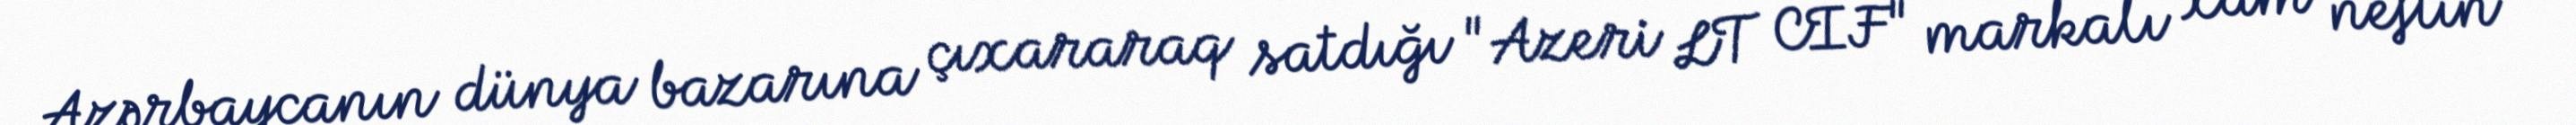
Azərbaycanın dünya bazarına çıxararaq satdığı "Azeri LT CIF" markalı xam neftin